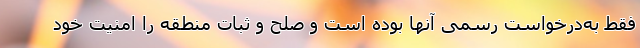
فقط به‌درخواست رسمی آنها بوده است و صلح و ثبات منطقه را امنیت خود